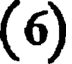
(6)